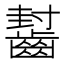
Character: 𱌟